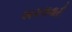
અમલવારી